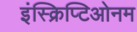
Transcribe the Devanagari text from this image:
इंस्क्रिप्टिओनम